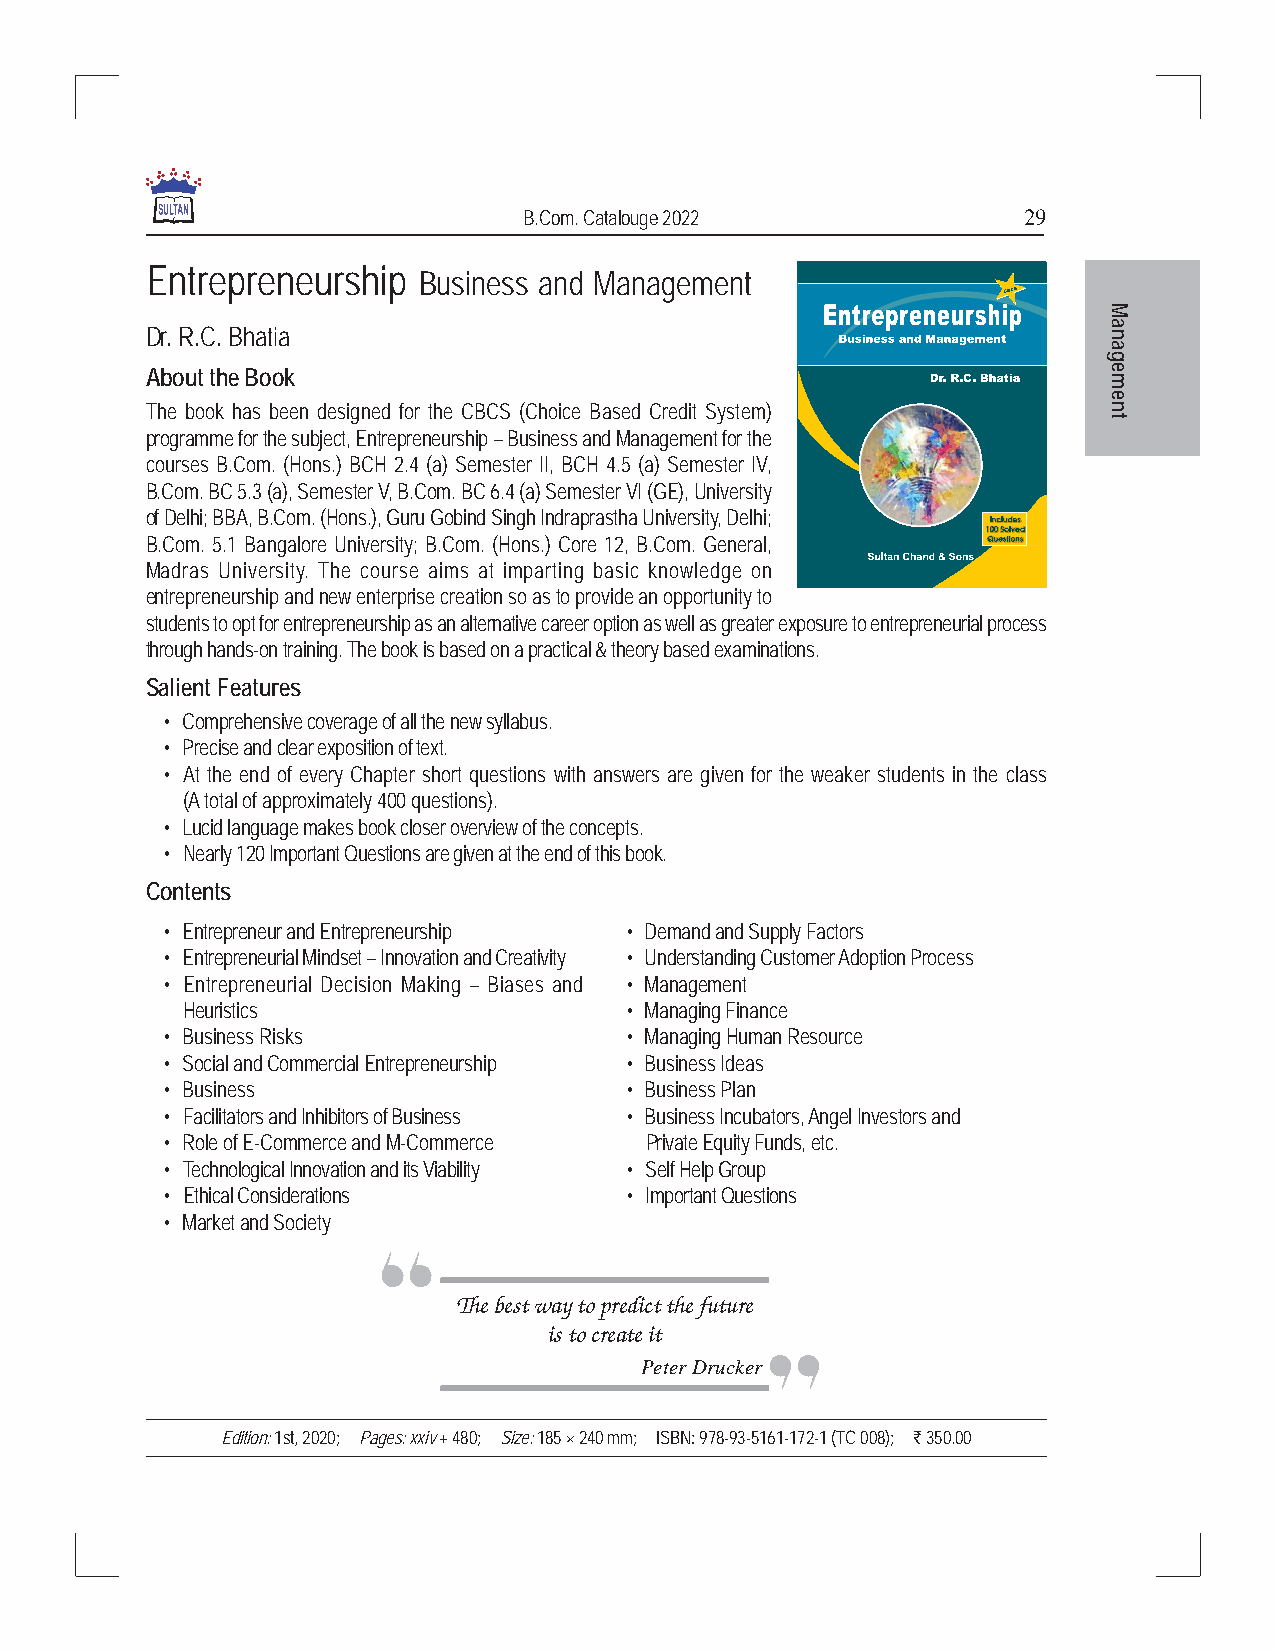
B.Com. Catalouge 2022            29
 Entrepreneurship
 Business and Management
 M
 Dr. R.C. Bhatia                                                na
 a
 g
 About the Book                                                 e
 m
 e
 The book has been designed for the CBCS (Choice Based Credit System) n
 t
 programme for the subject, Entrepreneurship – Business and Management for the
 courses B.Com. (Hons.) BCH 2.4 (a) Semester II, BCH 4.5 (a) Semester IV,
 B.Com. BC 5.3 (a), Semester V, B.Com. BC 6.4 (a) Semester VI (GE), University
 of Delhi; BBA, B.Com. (Hons.), Guru Gobind Singh Indraprastha University, Delhi;
 B.Com. 5.1 Bangalore University; B.Com. (Hons.) Core 12, B.Com. General,
 Madras University. The course aims at imparting basic knowledge on
 entrepreneurship and new enterprise creation so as to provide an opportunity to
 students to opt for entrepreneurship as an alternative career option as well as greater exposure to entrepreneurial process
 through hands-on training. The book is based on a practical & theory based examinations.
 Salient Features
 • Comprehensive coverage of all the new syllabus.
 • Precise and clear exposition of text.
 • At the end of every Chapter short questions with answers are given for the weaker students in the class
 (A total of approximately 400 questions).
 • Lucid language makes book closer overview of the concepts.
 • Nearly 120 Important Questions are given at the end of this book.
 Contents
 • Entrepreneur and Entrepreneurship • Demand and Supply Factors
 • Entrepreneurial Mindset – Innovation and Creativity • Understanding Customer Adoption Process
 • Entrepreneurial Decision Making – Biases and • Management
 Heuristics                   • Managing Finance
 • Business Risks              • Managing Human Resource
 • Social and Commercial Entrepreneurship • Business Ideas
 • Business                    • Business Plan
 • Facilitators and Inhibitors of Business • Business Incubators, Angel Investors and
 • Role of E-Commerce and M-Commerce Private Equity Funds, etc.
 • Technological Innovation and its Viability • Self Help Group
 • Ethical Considerations      • Important Questions
 • Market and Society
 The best way to predict the future
 is to create it
 Peter Drucker
 Edition: 1st, 2020; Pages: xxiv + 480; Size: 185 × 240 mm; ISBN: 978-93-5161-172-1 (TC 008); ` 350.00